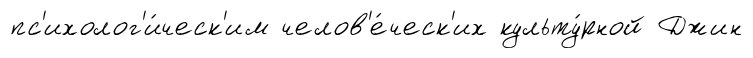
пс'ихолог'и́ческ'им челов'е́ческ'их культу́рной Джин